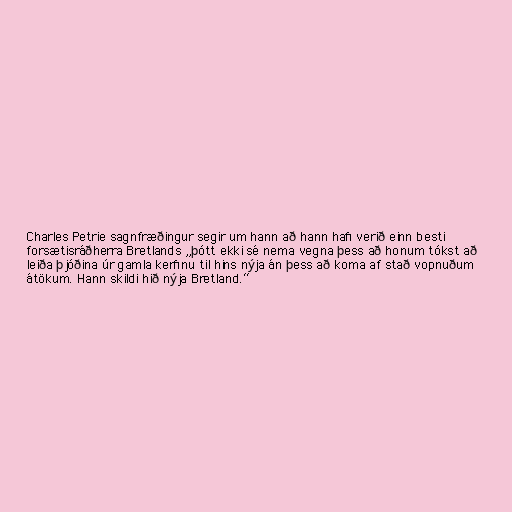
Charles Petrie sagnfræðingur segir um hann að hann hafi verið einn besti
forsætisráðherra Bretlands „þótt ekki sé nema vegna þess að honum tókst að
leiða þjóðina úr gamla kerfinu til hins nýja án þess að koma af stað vopnuðum
átökum. Hann skildi hið nýja Bretland.“